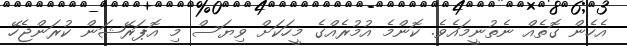
އެހެން ގޮތެއް ނެތުނީމައެވެ. ކޮންމެ އުމުރެއްގެ މީހަކަށް ވިޔަސް މި އޮޕަރޭޝަން ކުރަންޖެހޭ